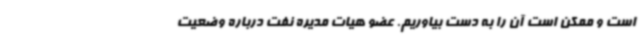
است و ممکن است آن را به دست بیاوریم. عضو هیات مدیره نفت درباره وضعیت